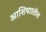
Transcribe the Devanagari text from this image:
आशियाातील